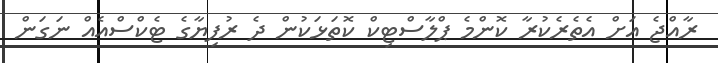
ރާއްޖެ އަށް އެތެރެކުރާ ކޮންމެ ޕްލާސްޓިކް ކޮތަޅަކުން ދެ ރުފިޔާގެ ޓެކްސްއެއް ނަގަން